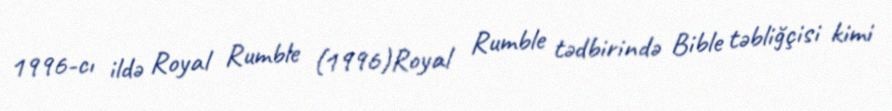
1996-cı ildə Royal Rumble (1996)Royal Rumble tədbirində Bible təbliğçisi kimi